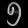
Digit: ၅